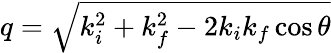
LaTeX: q=\sqrt{k_{i}^{2}+k_{f}^{2}-2k_{i}k_{f}\cos\theta}